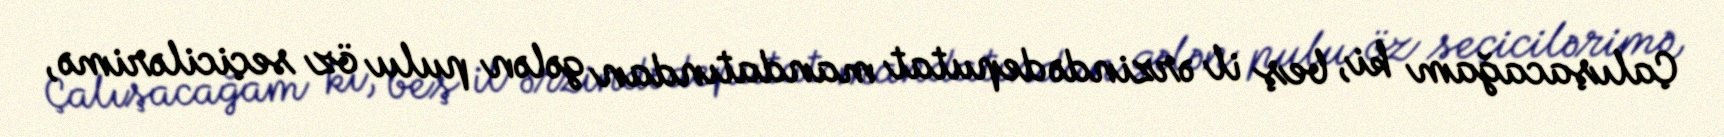
Çalışacağam ki, beş il ərzində deputat mandatından gələn pulu öz seçicilərimə,